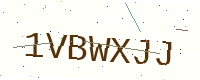
Text: 1VBWXJJ